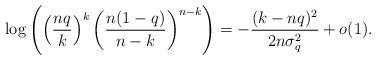
LaTeX: \begin{align*}\log \left( \left(\frac{n q}{k}\right)^k \left(\frac{n(1-q)}{n-k}\right)^{n-k} \right)= - \frac{(k-nq)^2}{2n\sigma_q^2} + o(1).\end{align*}